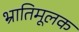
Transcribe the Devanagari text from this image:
भ्रातिमूलक